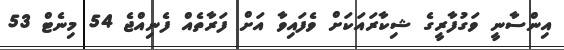
އިންސާނީ ވަގުފާރީގެ ޝިކާރައަކަށް ވެފައިވާ އަށް ފަރާތެއް ފެނިއްޖެ 54 މިނެޓް 53